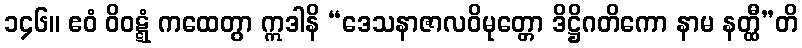
၁၄၆။ ဧဝံ ဝိဝဋ္ဋံ ကထေတွာ ဣဒါနိ “ဒေသနာဇာလဝိမုတ္တော ဒိဋ္ဌိဂတိကော နာမ နတ္ထီ”တိ